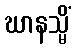
ဃာနသ္မိံ